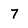
Character: 7